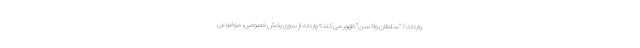
واردات/ "سلطان واکسن" ظهور می کند؟ واردات از سوی بخش خصوصی، موضوعی